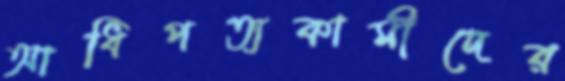
আধিপত্যকামীদের